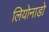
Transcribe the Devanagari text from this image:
लियोनाडो